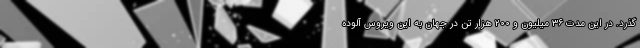
‌گذرد. در این مدت ۳۶ میلیون و ۲۰۰ هزار تن در جهان به این ویروس آلوده